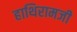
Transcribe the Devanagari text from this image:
हाथिरामजी